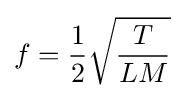
f={1 \over 2}{\sqrt {\frac {T}{LM}}}